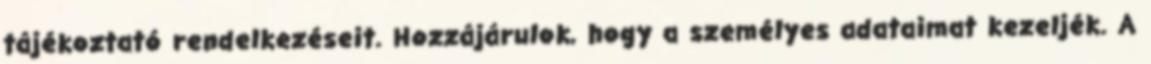
tájékoztató rendelkezéseit. Hozzájárulok, hogy a személyes adataimat kezeljék. A